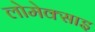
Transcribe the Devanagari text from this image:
लोमेक्साइ